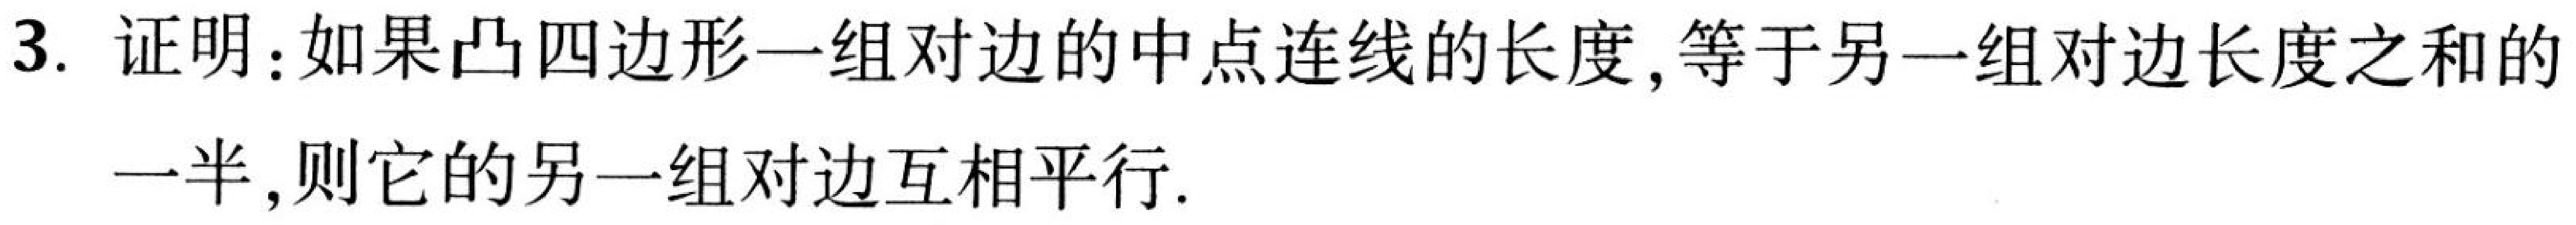
3. 证明：如果凸四边形一组对边的中点连线的长度, 等于另一组对边长度之和的一半, 则它的另一组对边互相平行.